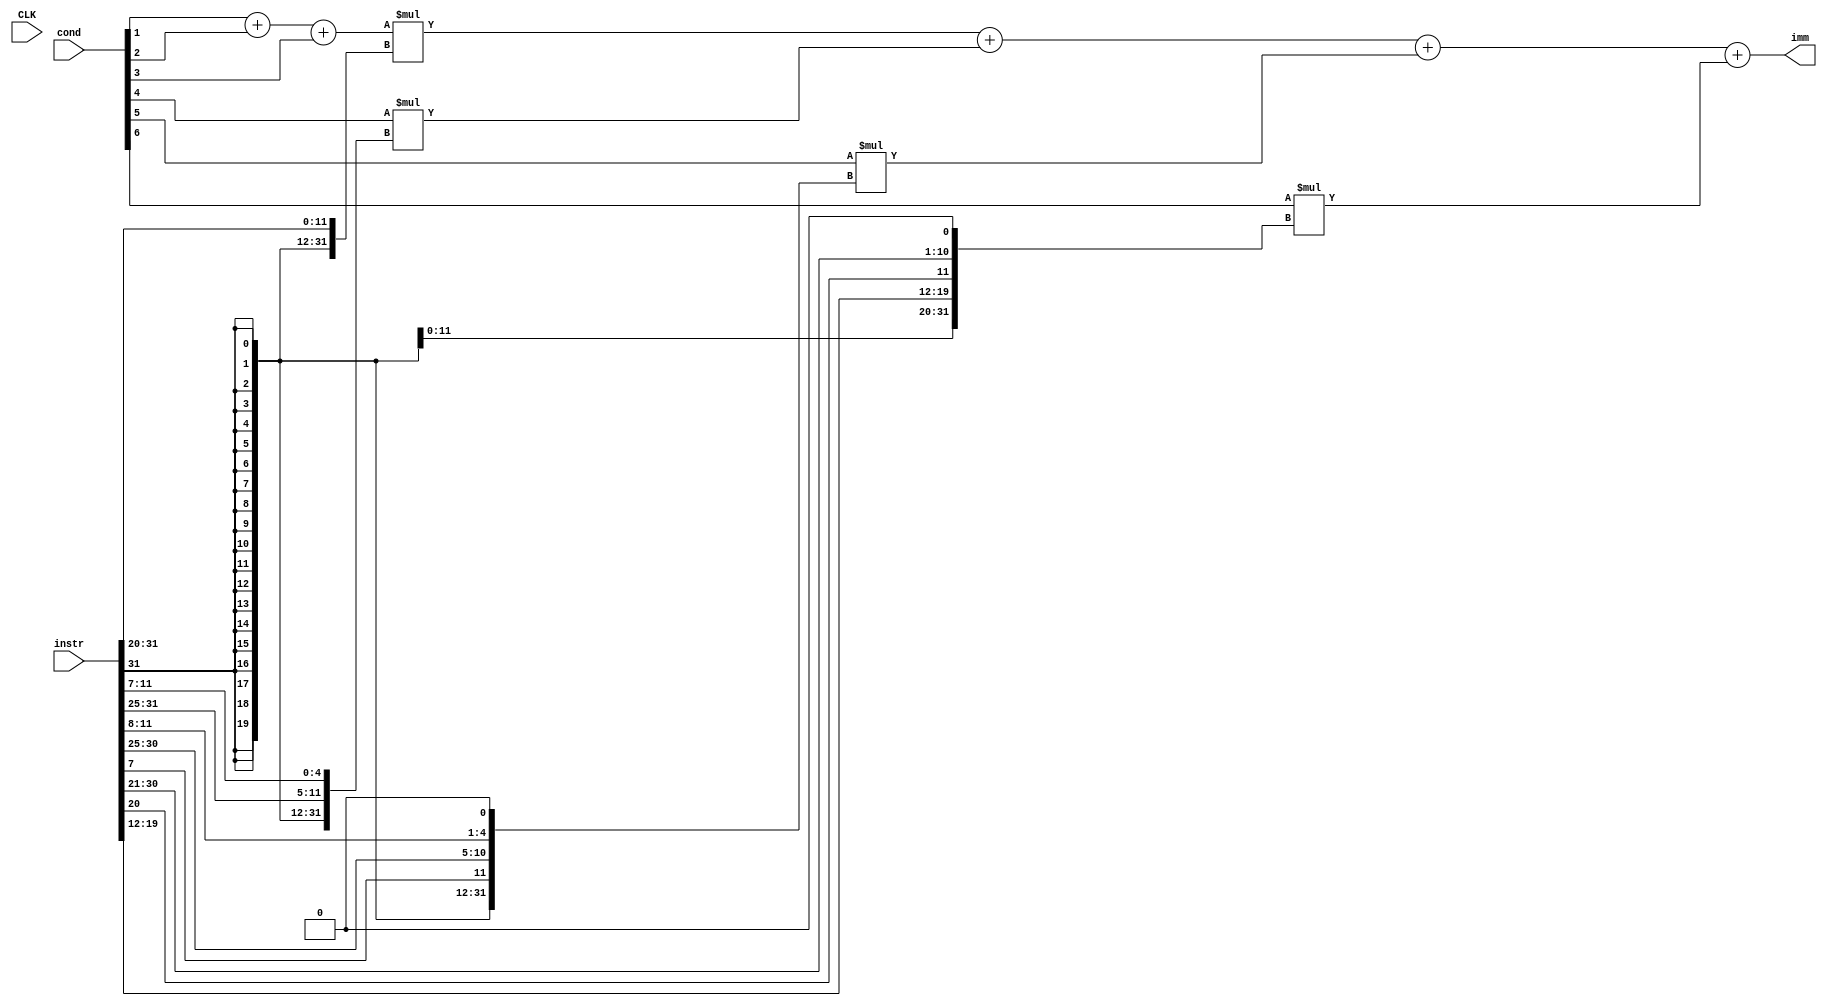
module immediate(
	input	wire	[6:0] cond,
	input	wire	[31:0] instr,
	input	wire	CLK,
	output	reg	[31:0] imm
	);

	wire	[4:0] ty_cond;
	assign	ty_cond[0] = cond[1]+cond[2]+cond[3]; //I
	assign	ty_cond[1] = cond[4]; //S
	assign	ty_cond[2] = cond[5]; //B
	assign	ty_cond[3] = cond[6]; //JAL
	

	wire	[31:0] imm_0;//I
	assign imm_0[31:11]	= {21{instr[31]}};
	assign imm_0[10:0]	= instr[31:20];

	wire	[31:0] imm_1;//S
	assign imm_1[31:11]	= {21{instr[31]}};
	assign imm_1[10:5]	= instr[30:25];
	assign imm_1[4:0]	= instr[11:7];
	
	wire	[31:0] imm_2;//B
	assign imm_2[31:12]	= {20{instr[31]}};
	assign imm_2[11]		= instr[7];
	assign imm_2[10:5]	= instr[30:25];
	assign imm_2[4:1]		= instr[11:8];
	assign imm_2[0]		= 0;

	wire	[31:0] imm_3;//JAL
	assign imm_3[31:20]	= {12{instr[31]}};
	assign imm_3[19:12]	= instr[19:12];
	assign imm_3[11]	= instr[20];
	assign imm_3[10:1]	= instr[30:21];
	assign imm_3[0] 	= 1'b0;
	
	always @(*) begin
		imm <= ty_cond[0]*imm_0+ty_cond[1]*imm_1+ty_cond[2]*imm_2+ty_cond[3]*imm_3;
	end
endmodule